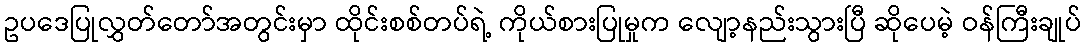
ဥပဒေပြုလွှတ်တော်အတွင်းမှာ ထိုင်းစစ်တပ်ရဲ့ ကိုယ်စားပြုမှုက လျော့နည်းသွားပြီ ဆိုပေမဲ့ ဝန်ကြီးချုပ်